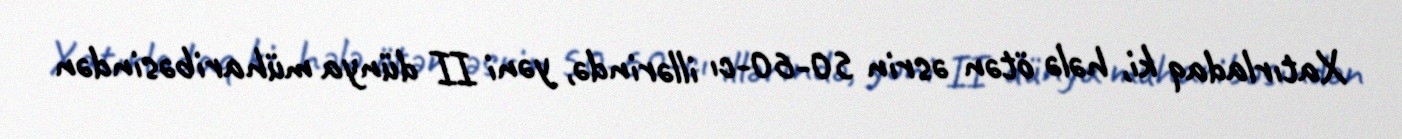
Xatırladaq ki, hələ ötən əsrin 50-60-cı illərində, yəni II dünya müharibəsindən